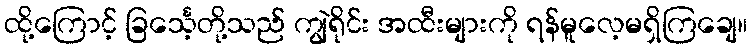
ထို့ကြောင့် ခြင်္သေ့တို့သည် ကျွဲရိုင်း အထီးများကို ရန်မူလေ့မရှိကြချေ။